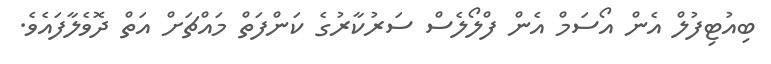
ބިއުޓިފުލް އެން އޯސަމް އެން ފްލޯލެސް ސަރުކާރުގެ ކަންފަތް މައްޗަށް އަތް ދޮވެލާފައެވެ.